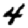
Digit: 4